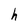
Character: h